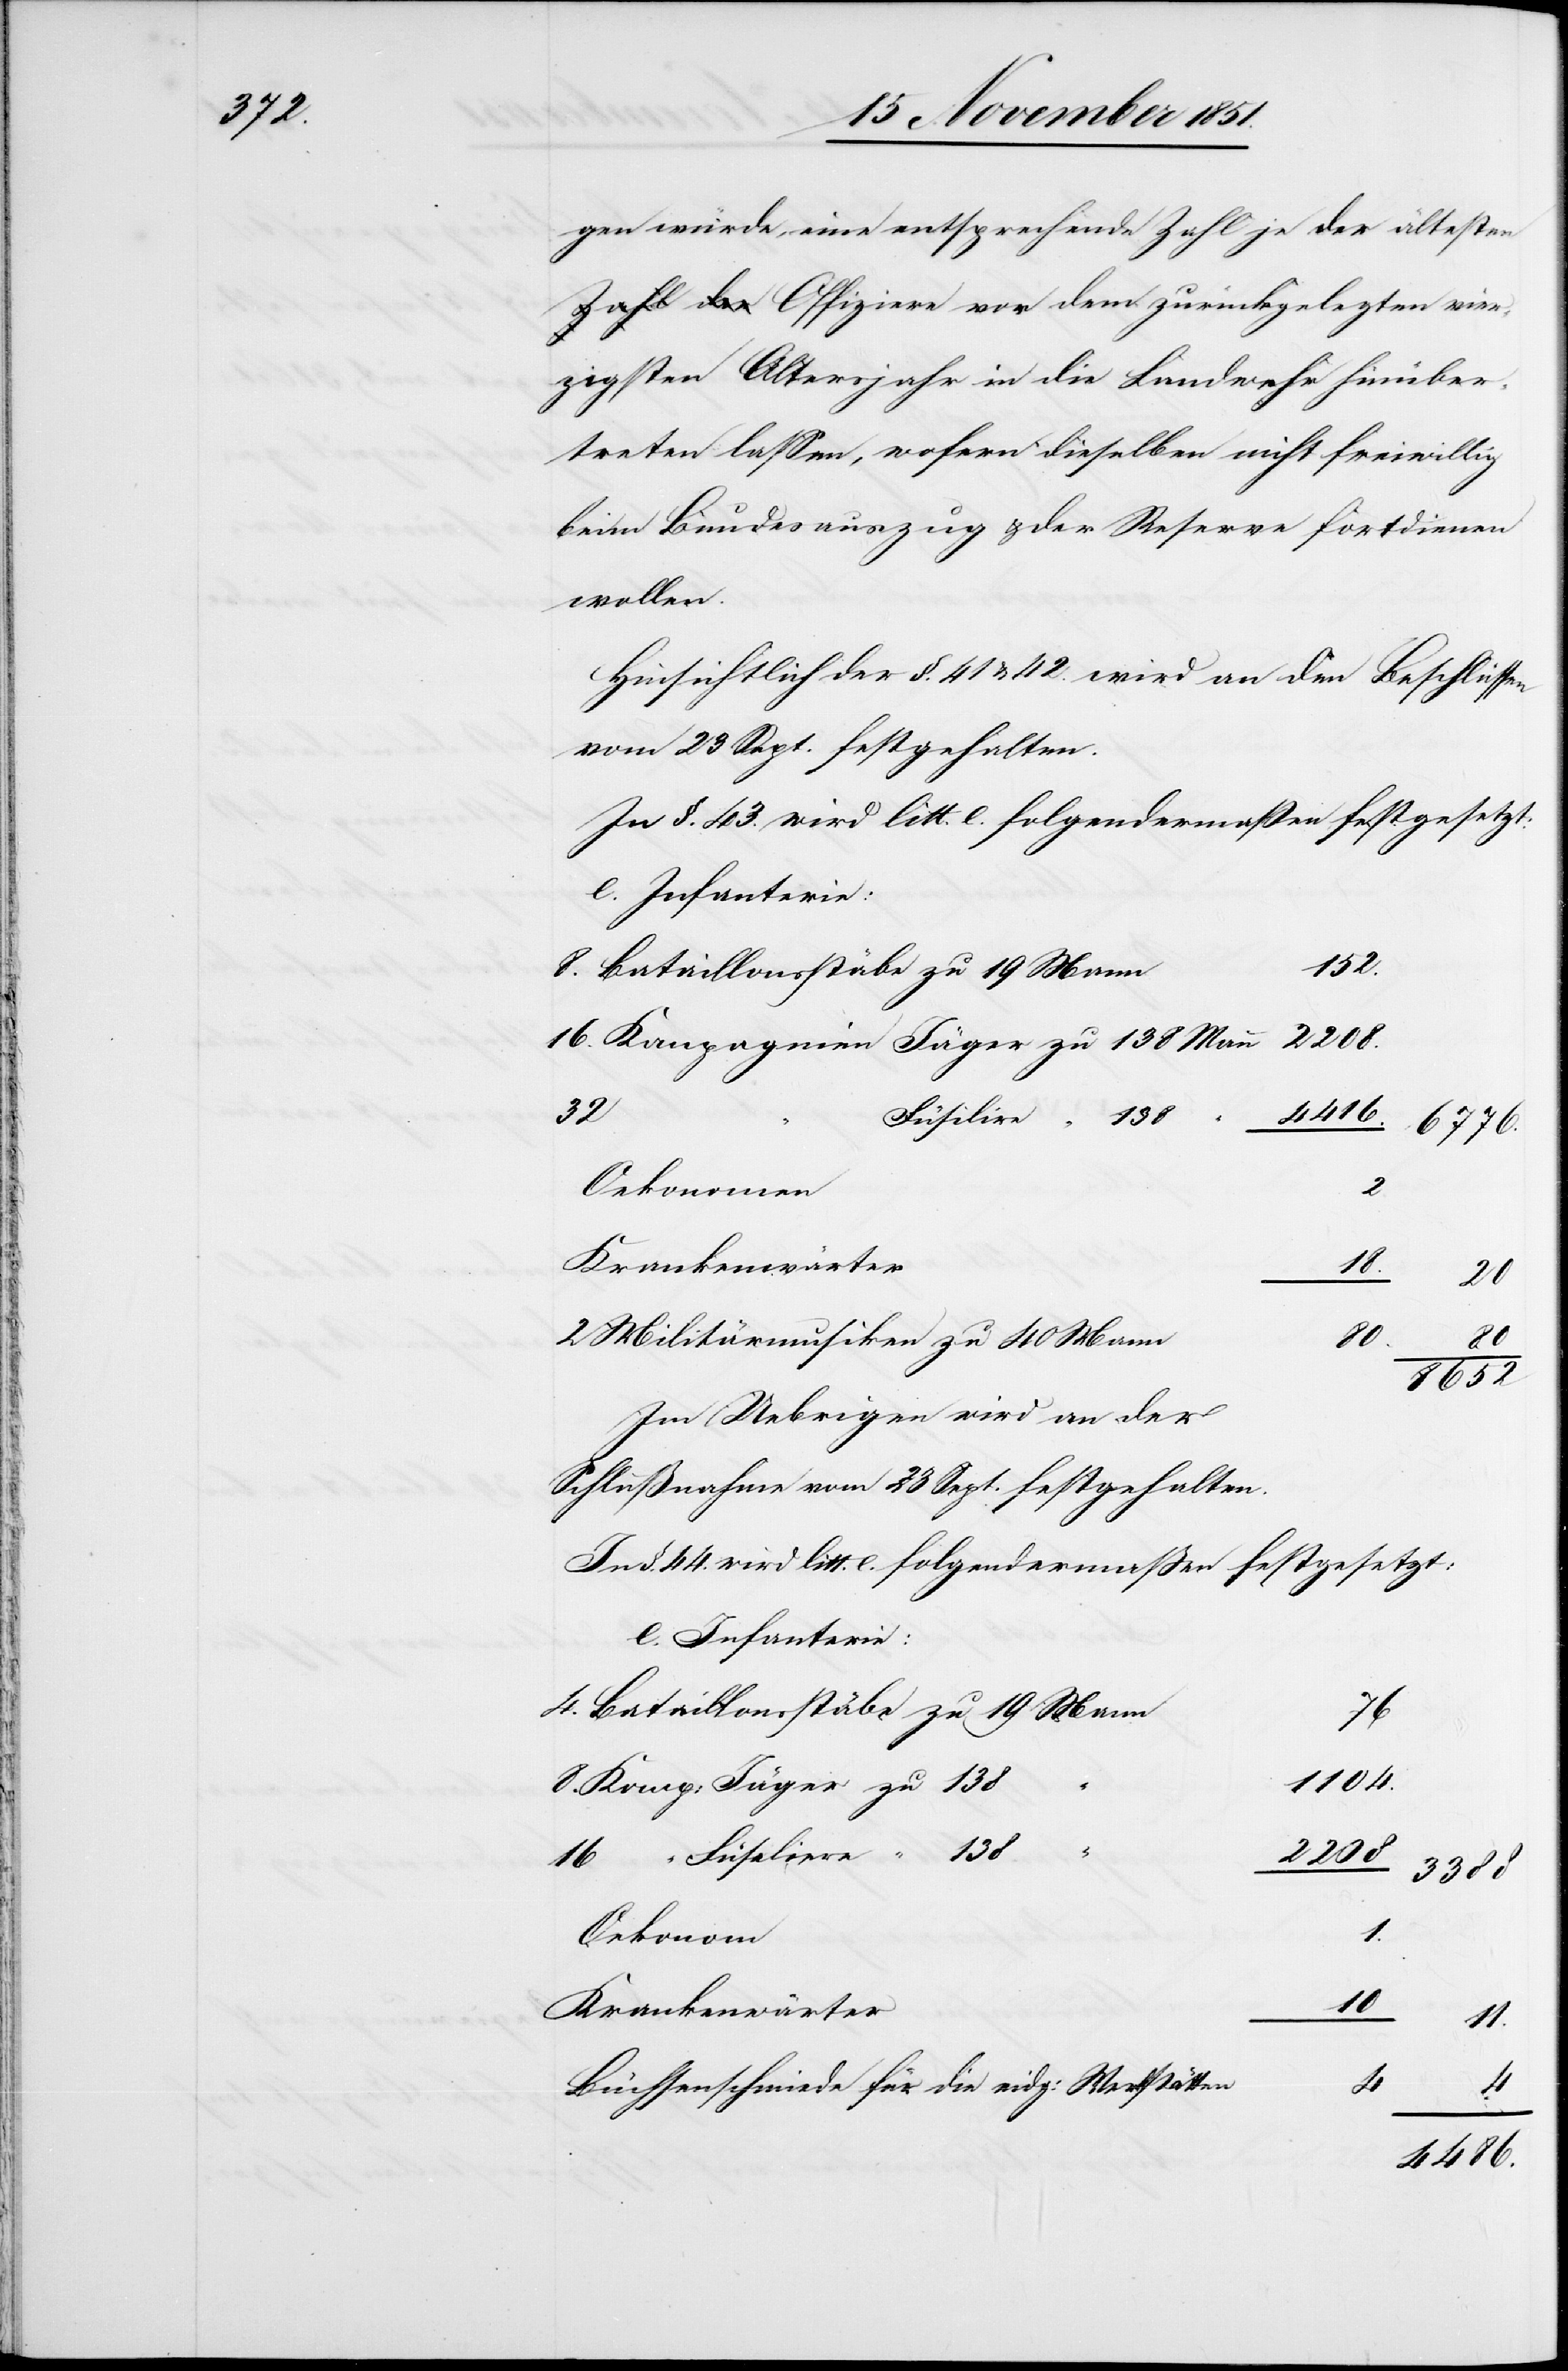
gen würde, eine entsprechende Zahl je der ältesten
zigsten Altersjahr in die Landwehr hinüber¬
treten lassen, wofern dieselben nicht freiwillig
beim Bundesauszug & der Reserve fortdienen
wollen.
Hinsichtlich der §. 41 & 42. wird an den Beschlüssen
vom 23 Sept. festgehalten.
In §. 44. wird litt. e. folgendermaßen festgesetzt:
Infanterie:
152.
4. Bataillonsstäbe zu 19 Mann
2208.
16. Kompagnien Jäger zu 138 Mann
32
16
Füsiliere “ 138
6776.
Oekonomen
Krankenwärter
18.
20
2 Militärmusiken zu 40 Mann
11.
80
8652
Im Uebrigen wird an der
Schlußnahme vom 23 Sept. festgehalten.
1104.
8. Komp: Jäger zu 138
“
vier¬
2208
3388
Oekonom
10
Büchsenschmiede für die eidg: Werkstätten
4
4486.